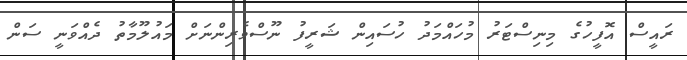
ރައީސް އޮފީހުގެ މިނިސްޓަރު މުހައްމަދު ހުސައިން ޝަރީފު ނޫސްވެރިންނަށް މައުލޫމާތު ދެއްވަނީ ސަން